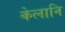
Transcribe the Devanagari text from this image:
केलानि